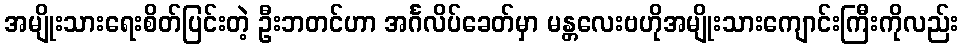
အမျိုးသားရေးစိတ်ပြင်းတဲ့ ဦးဘတင်ဟာ အင်္ဂလိပ်ခေတ်မှာ မန္တလေးဗဟိုအမျိုးသားကျောင်းကြီးကိုလည်း